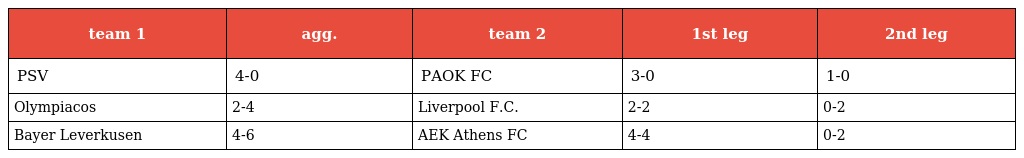
| team 1 | agg. | team 2 | 1st leg | 2nd leg |
 | --- | --- | --- | --- | --- |
 | PSV | 4-0 | PAOK FC | 3-0 | 1-0 |
 | Olympiacos | 2-4 | Liverpool F.C. | 2-2 | 0-2 |
 | Bayer Leverkusen | 4-6 | AEK Athens FC | 4-4 | 0-2 |